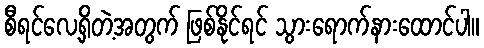
စီရင်လေ့ရှိတဲ့အတွက် ဖြစ်နိုင်ရင် သွားရောက်နားထောင်ပါ။